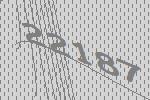
22187